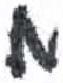
אות: מ